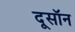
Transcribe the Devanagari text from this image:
दूसॉन